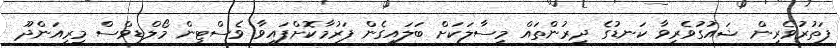
ފަތުރުވެރިން ޝައުގުވެރިވާ ކަނޑުގެ ދިރުންތައް މިސާލަކަށް ބަލައިގެން ފަރުމާކޮށްފައިވާ ވެސްޓިން މޯލްޑިވްސް މިރިއަންދޫ